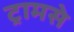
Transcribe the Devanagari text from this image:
ट्रामसे